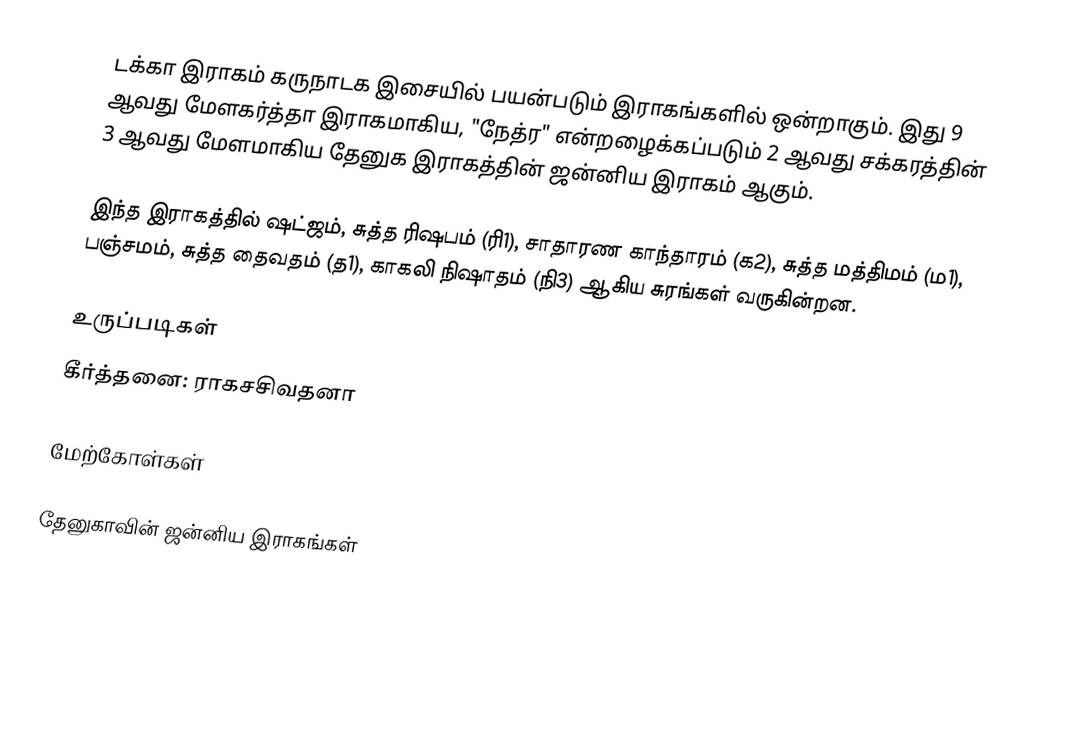
டக்கா இராகம் கருநாடக இசையில் பயன்படும் இராகங்களில் ஒன்றாகும். இது 9 ஆவது மேளகர்த்தா இராகமாகிய, "நேத்ர" என்றழைக்கப்படும் 2 ஆவது சக்கரத்தின் 3 ஆவது மேளமாகிய தேனுக இராகத்தின் ஜன்னிய இராகம் ஆகும்.

இந்த இராகத்தில் ஷட்ஜம், சுத்த ரிஷபம் (ரி1), சாதாரண காந்தாரம் (க2), சுத்த மத்திமம் (ம1), பஞ்சமம், சுத்த தைவதம் (த1), காகலி நிஷாதம் (நி3) ஆகிய சுரங்கள் வருகின்றன.

உருப்படிகள்
 கீர்த்தனை: ராகசசிவதனா

மேற்கோள்கள்

தேனுகாவின் ஜன்னிய இராகங்கள்